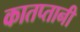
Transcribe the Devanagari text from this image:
कातप्तानी